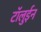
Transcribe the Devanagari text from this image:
टॉलुईन